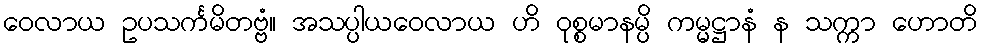
ဝေလာယ ဥပသင်္ကမိတဗ္ဗံ။ အသပ္ပါယဝေလာယ ဟိ ဝုစ္စမာနမ္ပိ ကမ္မဋ္ဌာနံ န သက္ကာ ဟောတိ